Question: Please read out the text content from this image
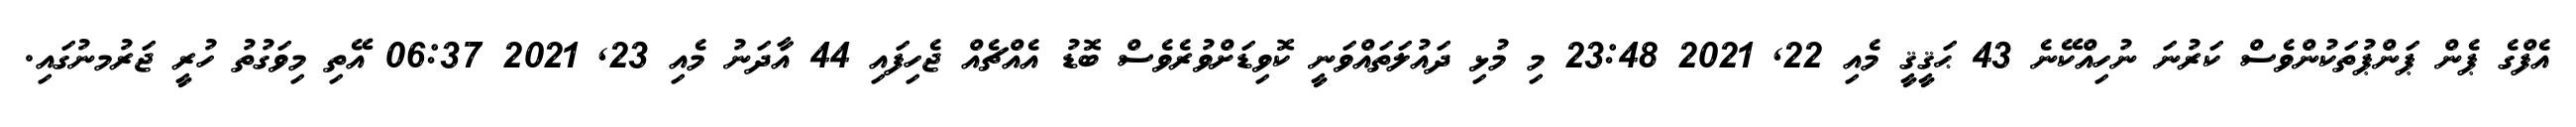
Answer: އެފްގެ ޕެން ޕަންޕުތަކުންވެސް ކަރުނަ ނުހިއްކޭނެ 43 ޙަޤީޤީ މެއި 22, 2021 23:48 މި މުޅި ދައުލަތައްވަނީ ކޮވިޑަށްވުރެވެސް ބޮޑު އެއްޗެއް ޖެހިފައި 44 އާދަނު މެއި 23, 2021 06:37 އޭތި މިވަގުތު ހުރީ ޖަރުމނުގައި.